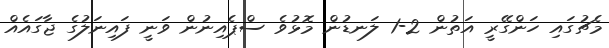
މެޗުގައި ހަންގޭރީ އަތުން 2-1 ލަނޑުން މޮޅުވެ ސްޕެއިނުން ވަނީ ފައިނަލުގެ ޖާގައެއް